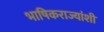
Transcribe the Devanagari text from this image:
भाषिकराज्यांशी